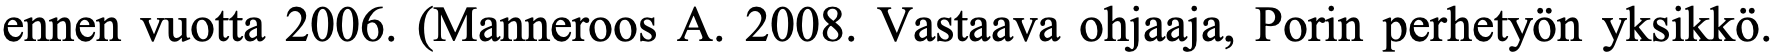
ennen vuotta 2006. (Manneroos A. 2008. Vastaava ohjaaja, Porin perhetyön yksikkö.